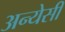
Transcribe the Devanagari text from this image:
अन्येसी